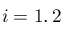
i = 1 , 2